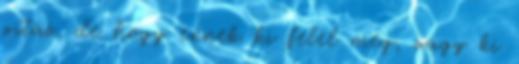
vitás, de hogy ennek ki felel meg, vagy ki